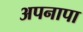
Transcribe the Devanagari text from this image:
अपनापा